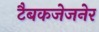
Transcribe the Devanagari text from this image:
टैबकजेजनेर